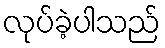
လုပ်ခဲ့ပါသည်